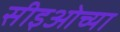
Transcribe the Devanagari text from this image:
सीइओच्या